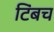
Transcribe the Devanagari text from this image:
टिंबच